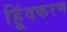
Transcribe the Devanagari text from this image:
हिूंदकरण